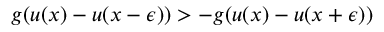
g ( u ( x ) - u ( x - \epsilon ) ) > - g ( u ( x ) - u ( x + \epsilon ) )